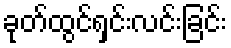
ခုတ်ထွင်ရှင်းလင်းခြင်း